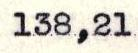
138,21